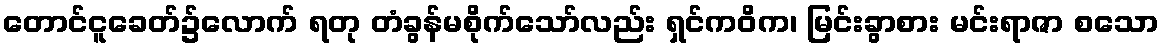
တောင်ငူခေတ်၌လောက် ရတု တံခွန်မစိုက်သော်လည်း ရှင်ကဝိက၊ မြင်းခွာစား မင်းရာဇာ စသော